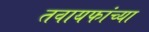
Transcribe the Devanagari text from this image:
तवायफांच्या